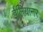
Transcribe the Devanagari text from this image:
ईलियानर